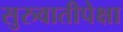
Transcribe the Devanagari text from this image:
सुरुवातीपेक्षा